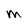
Character: M